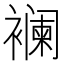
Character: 襕